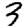
Digit: 3